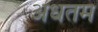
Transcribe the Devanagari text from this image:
अंधतम